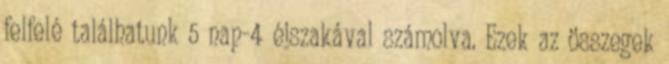
felfelé találhatunk 5 nap-4 éjszakával számolva. Ezek az összegek